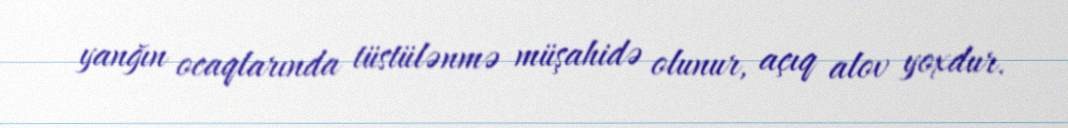
yanğın ocaqlarında tüstülənmə müşahidə olunur, açıq alov yoxdur.